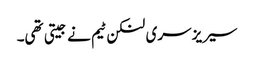
سیریز سری لنکن ٹیم نے جیتی تھی۔